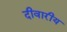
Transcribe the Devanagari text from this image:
दीवारीय